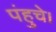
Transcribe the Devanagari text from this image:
पंहुचे।